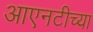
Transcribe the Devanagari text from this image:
आएनटीच्या